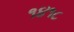
૧૪૧૮